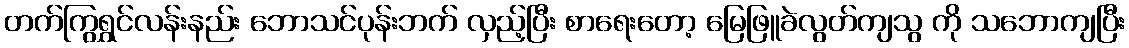
တက်ကြွရွှင်လန်းနည်း ဘောသင်ပုန်းဘက် လှည့်ပြီး စာရေးတော့ မြေဖြူခဲလွတ်ကျသွ ကို သဘောကျပြီး